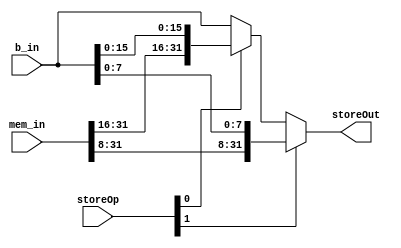
module Store (
    input wire[1:0] storeOp,
    input wire[31:0] b_in,
    input wire[31:0] mem_in,
    output wire[31:0] storeOut
);

    assign storeOut = storeOp[1] ? {mem_in[31:8], b_in[7:0]} : storeOp[0] ? {mem_in[31:16], b_in[15:0]} : b_in;
    
endmodule


// 00 -> LW
// 01 -> LH
// 1x -> LB